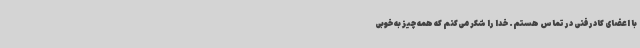
با اعضای کادرفنی در تماس هستم. خدا را شکر می‌کنم که همه چیز به خوبی